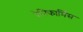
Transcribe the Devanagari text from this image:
रेनिफार्मिस